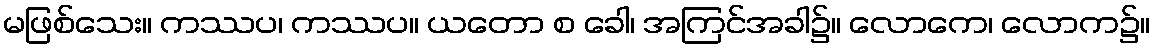
မဖြစ်သေး။ ကဿပ၊ ကဿပ။ ယတော စ ခေါ၊ အကြင်အခါ၌။ လောကေ၊ လောက၌။